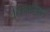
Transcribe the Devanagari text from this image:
लिम्फोसाइटों